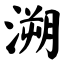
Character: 溯